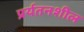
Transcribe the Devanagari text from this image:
प्रर्यतनशील